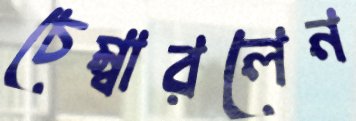
চেম্বারলেন